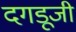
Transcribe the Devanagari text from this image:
दगडूजी